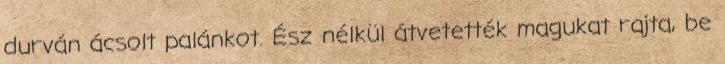
durván ácsolt palánkot. Ész nélkül átvetették magukat rajta, be